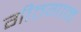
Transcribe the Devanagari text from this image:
गीतगान